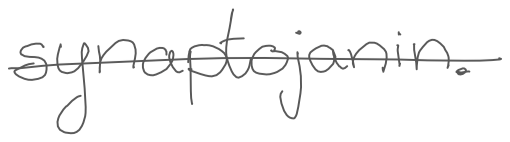
Text: synaptojanin.
Cross-out: single-line
Writing tool: digital_gray